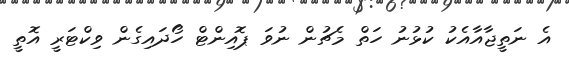
އެ ނަތީޖާއާއެކު ކުޅުނު ހަތް މެޗުން ނުވަ ޕޮއިންޓް ހޯދައިގެން ވިކްޓަރީ އޮތީ